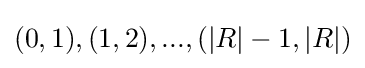
{\textstyle (0,1),(1,2),...,(|R|-1,|R|)}